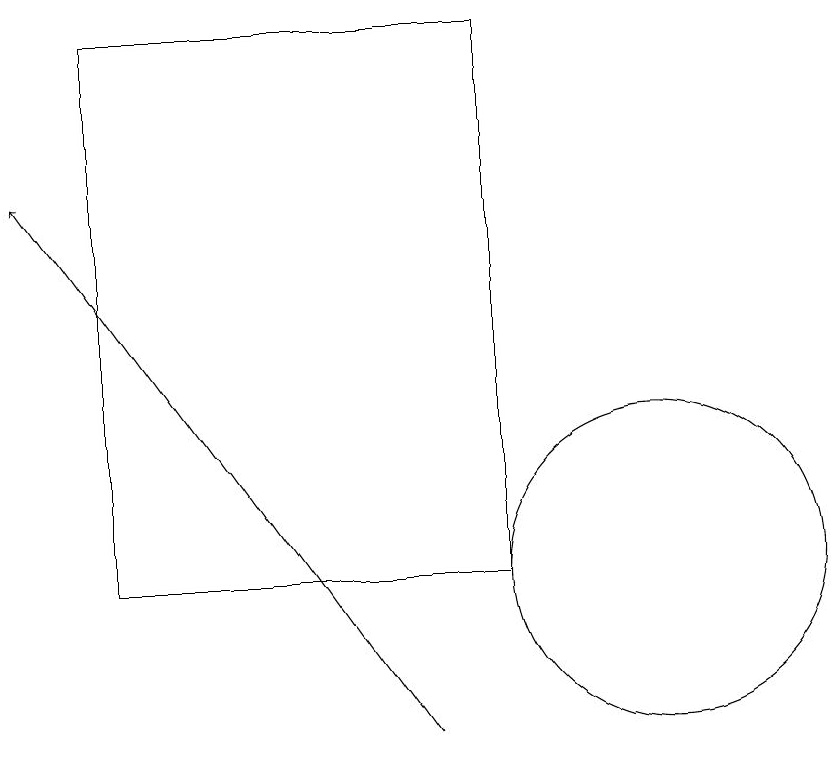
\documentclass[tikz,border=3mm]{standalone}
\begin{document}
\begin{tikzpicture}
\draw (9,12) rectangle (4,19);
\draw (11,12) circle (2);
\draw[->] (8,10) -- (3,17);
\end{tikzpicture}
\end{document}